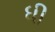
ધી